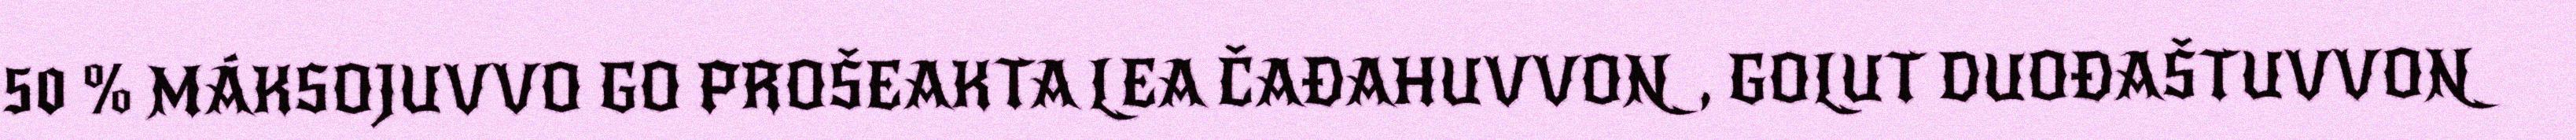
50 % MÁKSOJUVVO GO PROŠEAKTA LEA ČAĐAHUVVON, GOLUT DUOĐAŠTUVVON